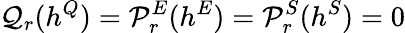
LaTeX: {\cal Q}_{r}(h^{Q})={\cal P}_{r}^{E}(h^{E})={\cal P}_{r}^{S}(h^{S})=0